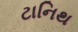
ટાનિથ